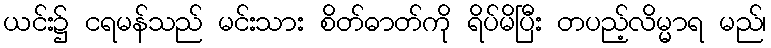
ယင်း၌ ငရမန်သည် မင်းသား စိတ်ဓာတ်ကို ရိပ်မိပြီး တပည့်လိမ္မာရ မည်၊